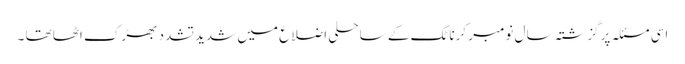
اسی مسئلہ پر گزشتہ سال نومبر کرناٹک کے ساحلی اضلاع میں شدید تشدد بھڑک اٹھا تھا ۔